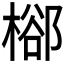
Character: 㮝